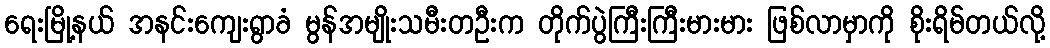
ရေးမြို့နယ် အနင်းကျေးရွာခံ မွန်အမျိုးသမီးတဦးက တိုက်ပွဲကြီးကြီးမားမား ဖြစ်လာမှာကို စိုးရိမ်တယ်လို့